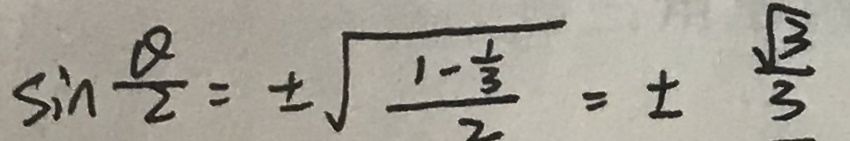
\sin \frac { Q } { 2 } = \pm \sqrt { \frac { 1 - \frac { 1 } { 3 } } { 2 } } = \pm \frac { \sqrt { 3 } } { 3 }